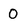
Character: 0